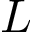
\boldsymbol { L }